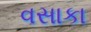
વસાકા